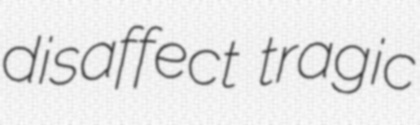
disaffect tragic